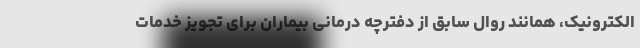
الکترونیک، همانند روال سابق از دفترچه درمانی بیماران برای تجویز خدمات